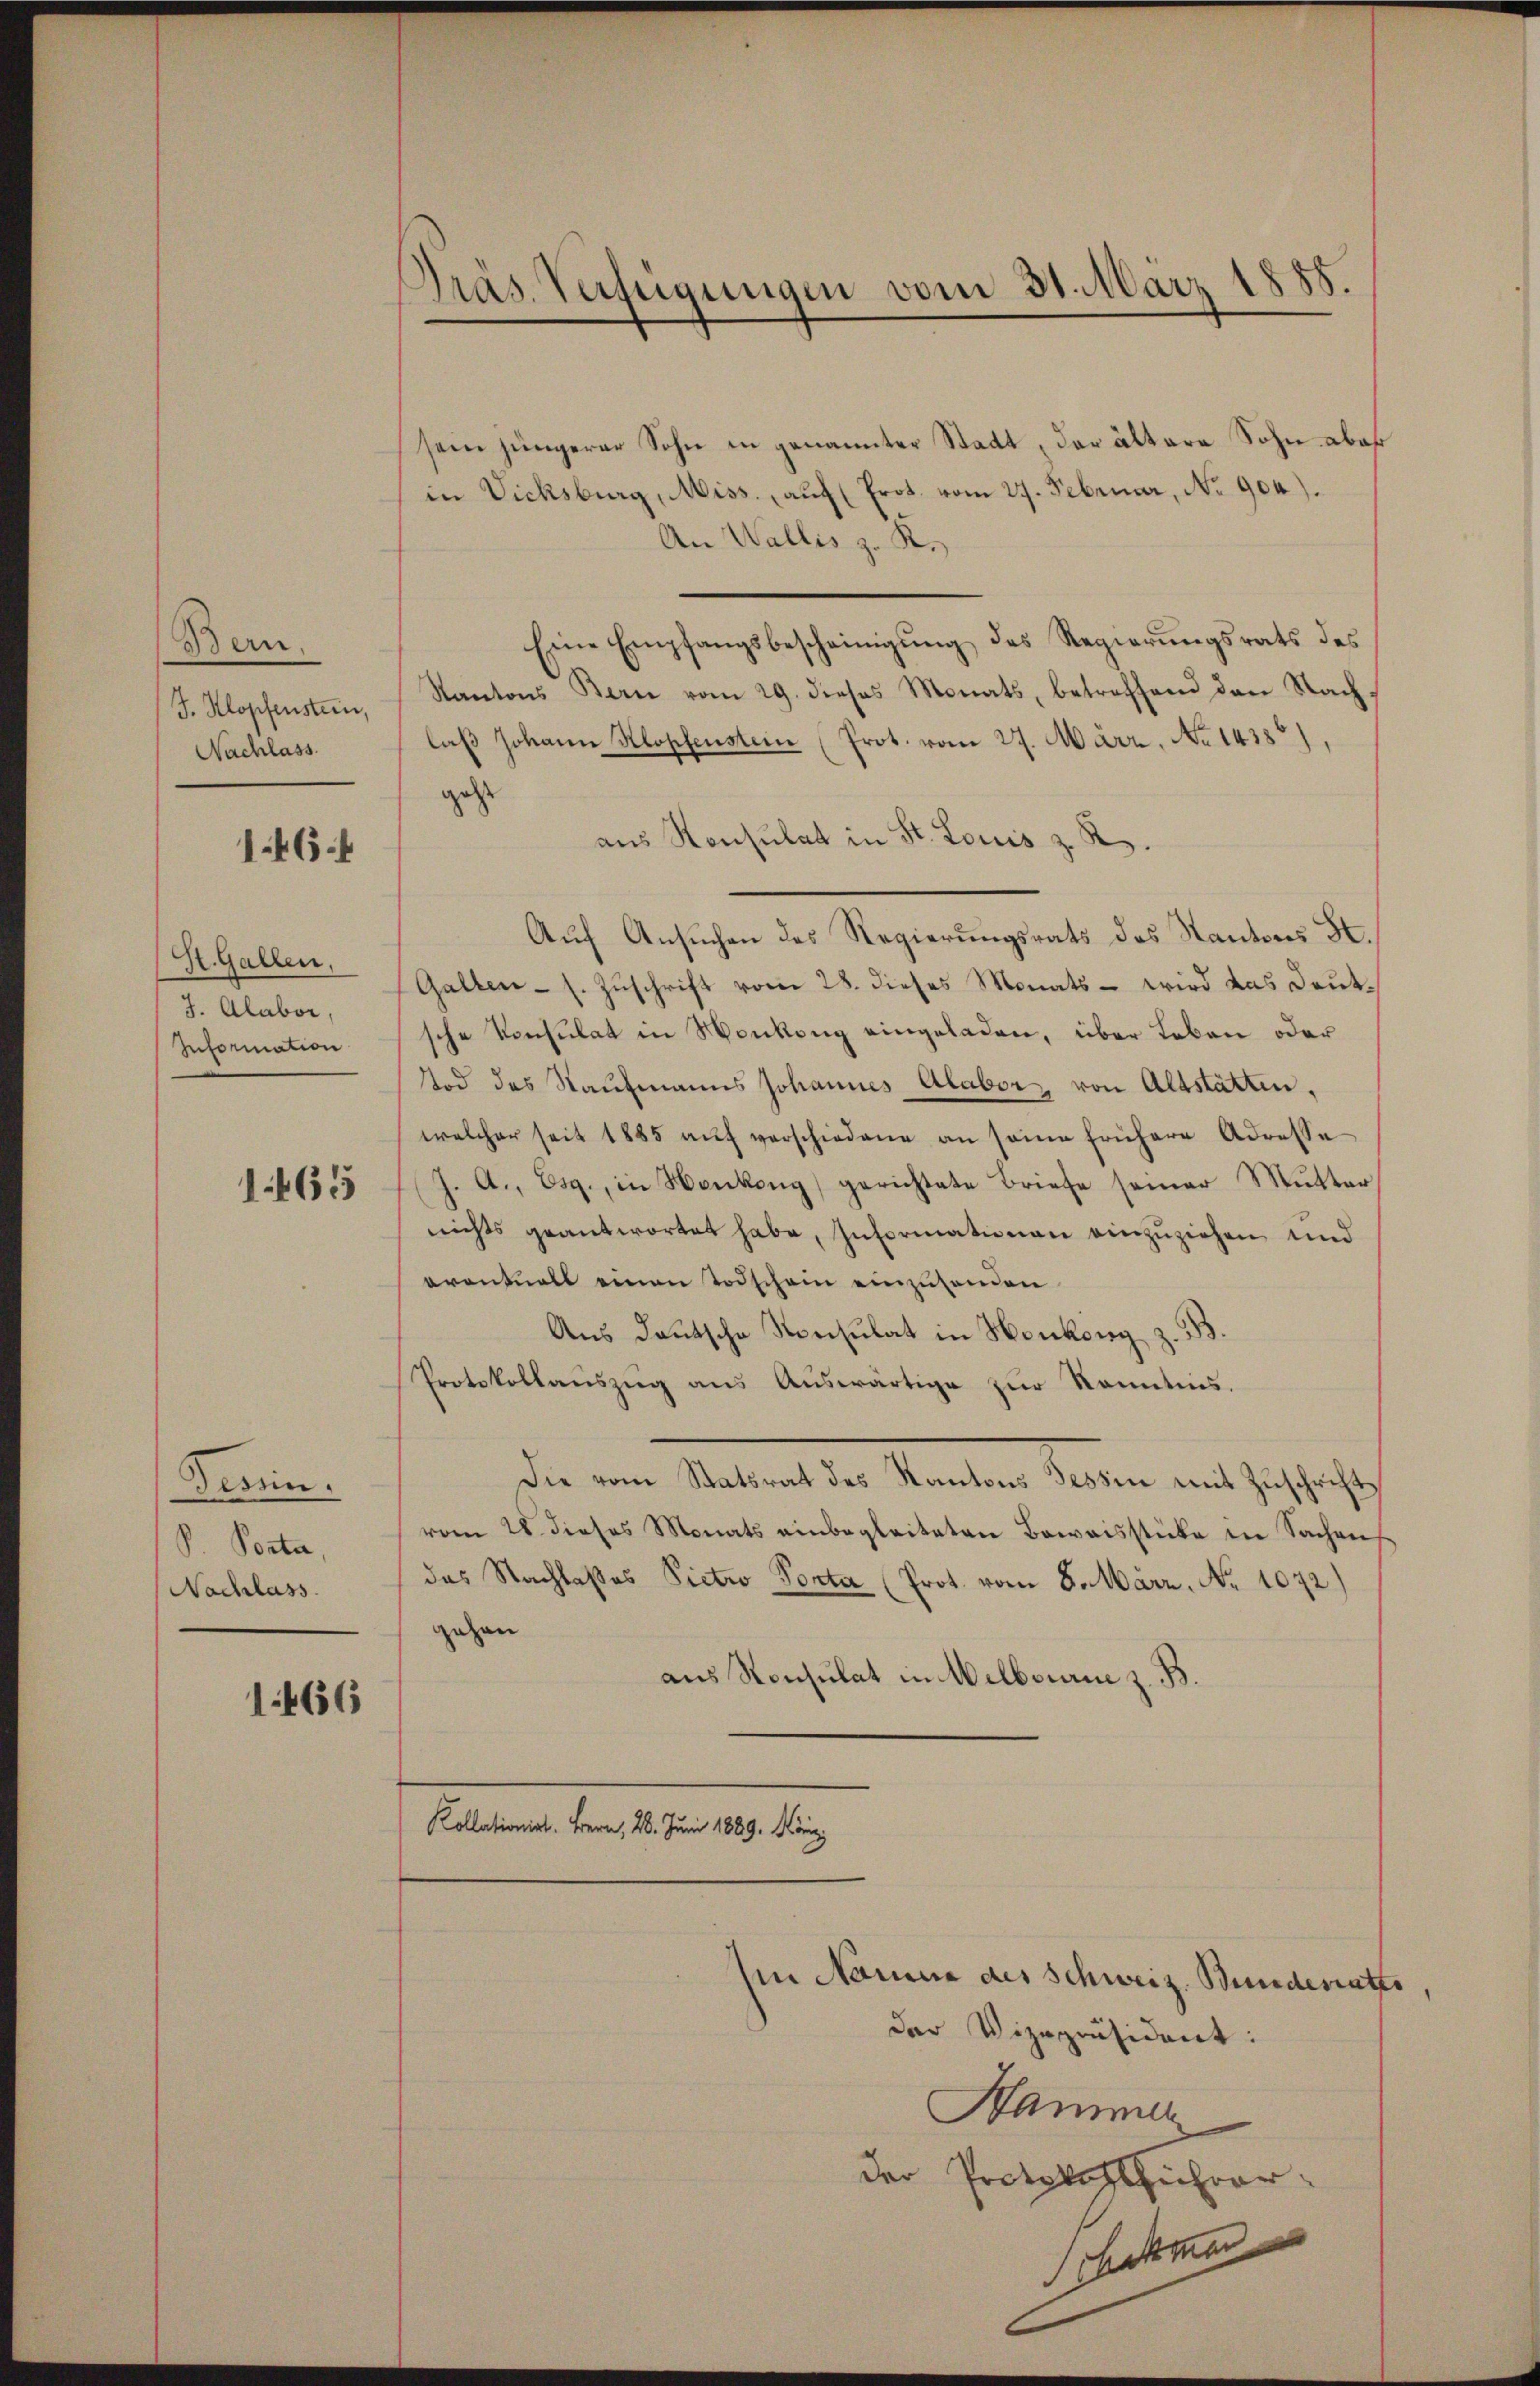
Bern.
J. Klopfenstein,
Nachlass.

146

St. Gallen,
J. Alabor,
Information

1165

Tessin.
P. Porta,
Nachlass.

1466

Präs. Verfeigungen vom 31. März 1885.

sein jüngerer Sohn in genannter Stadt, das ältere Sohn aber
in Vicksburg, Miss. aŭf (Prot. vom 27. Februar, No 904).
An Wallis z. R.
Eine Empfangsbescheinigung des Regierungsrats des
Kantons Bern vom 29. dieses Monats, betreffend den Nach-
laβ Johann Klopfenstein (Prot. vom 27. März. No 1438),
geht
aus Konsulat in St. Louis z. R.
Auf Ansuchen des Regierungsrats des Kantons S.
Galten - s. Zuschrift vom 28. dieses Monats - wird das Deutsche Konsulat in Monkung eingeladen, über Leben oder
Tod des Staufmanns Johannes Alabor, von Altstatten,
welcher seit 1885 aŭf verschiedene an seine frühere Adresse
J. A., Esg., in Henkong) gerichtete Briefe seiner Mutter
nichts geantwortet habe, Informationen einzuziehen und
oventuell einen Todschein einzusenden
Aus deutsche Konsulat in Henkong z. B.
Protokollanszŭg ans Aŭswärtige zŭr Kenntnis.
Die vom Statsrat des Kantons Tessin mit Zuschrift,
vom 28. dieses Monats einbegleiteten Beweisstücke in Sachen
das Nachlaßes Pietro Porta (Prot. vom 8. März, No 1072.)
gehen
aus Konsulat in Melbourie z. B.
Kollationirt. Bern, 28. Juni 1889. März

in Name des Schweiz. Bundesrathes
der Vizepräsident:
Hammer
der Protokollführer
haken